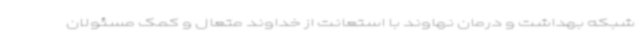
شبکه بهداشت و درمان نهاوند با استعانت از خداوند متعال و کمک مسئولان